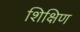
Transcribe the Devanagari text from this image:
शिक्षिण